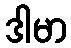
ဒါမာ